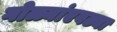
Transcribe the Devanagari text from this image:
गोळ्यांएवढ्या